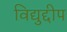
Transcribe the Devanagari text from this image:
विद्युद्दीप